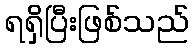
ရရှိပြီးဖြစ်သည်